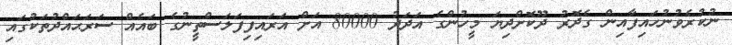
ނުކުރެވުނުހައިފާއިން ގެދޮރު ދޫކޮށްދިޔަ މީހުންގެ އަދަދު 80000 އަށް އަރައިފިފަލަސްތީނުގެ ބައެއް ސަރަޙައްދުތަކުގައި